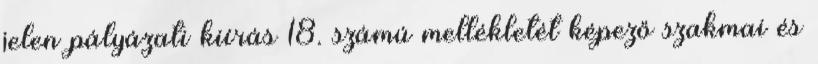
jelen pályázati kiírás 18. számú mellékletét képező szakmai és